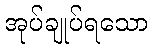
အုပ်ချုပ်ရသော